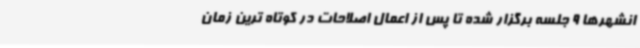
انشهرها 9 جلسه برگزار شده تا پس از اعمال اصلاحات در کوتاه ترین زمان